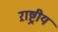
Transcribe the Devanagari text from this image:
ऱाष्ट्रीय